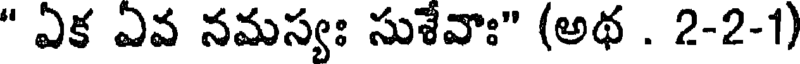
" ఏక ఏవ నమస్యః సుశేవాః" (అథ . 2-2-1)